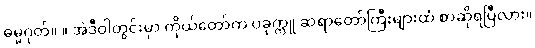
ဓမ္မဂုတ်။ ။ အဲဒီဝါတွင်းမှာ ကိုယ်တော်က ပခုက္ကူ ဆရာတော်ကြီးများထံ စာဆိုရပြီလား။